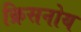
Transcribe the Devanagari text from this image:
क्रिसनोय